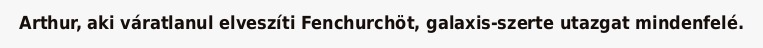
Arthur, aki váratlanul elveszíti Fenchurchöt, galaxis-szerte utazgat mindenfelé.